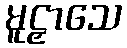
မူဠှာသေ